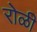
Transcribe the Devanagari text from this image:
रोळी